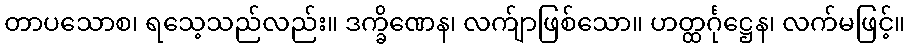
တာပသောစ၊ ရသေ့သည်လည်း။ ဒက္ခိဏေန၊ လက်ျာဖြစ်သော။ ဟတ္ထင်္ဂုဋ္ဌေန၊ လက်မဖြင့်။